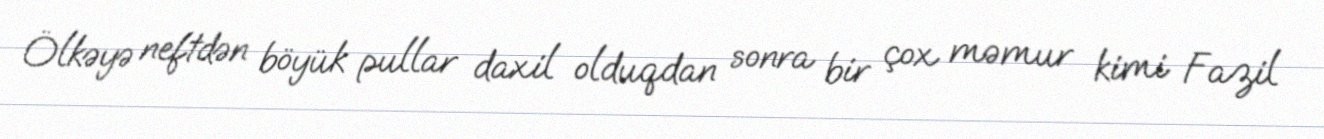
Ölkəyə neftdən böyük pullar daxil olduqdan sonra bir çox məmur kimi Fazil